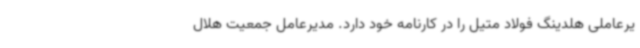
یرعاملی هلدینگ فولاد متیل را در کارنامه خود دارد. مدیرعامل جمعیت هلال